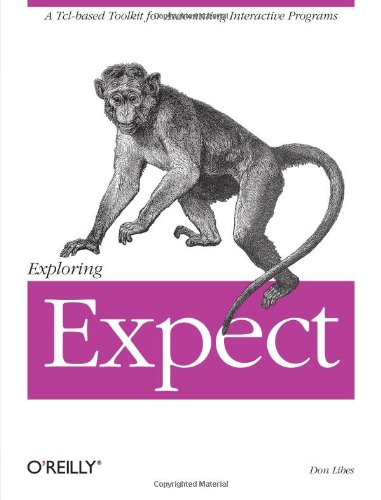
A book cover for Exploring Expect: A Tcl-based Toolkit for Automating Interactive Programs (Nutshell Handbooks); Don Libes; Computers & Technology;